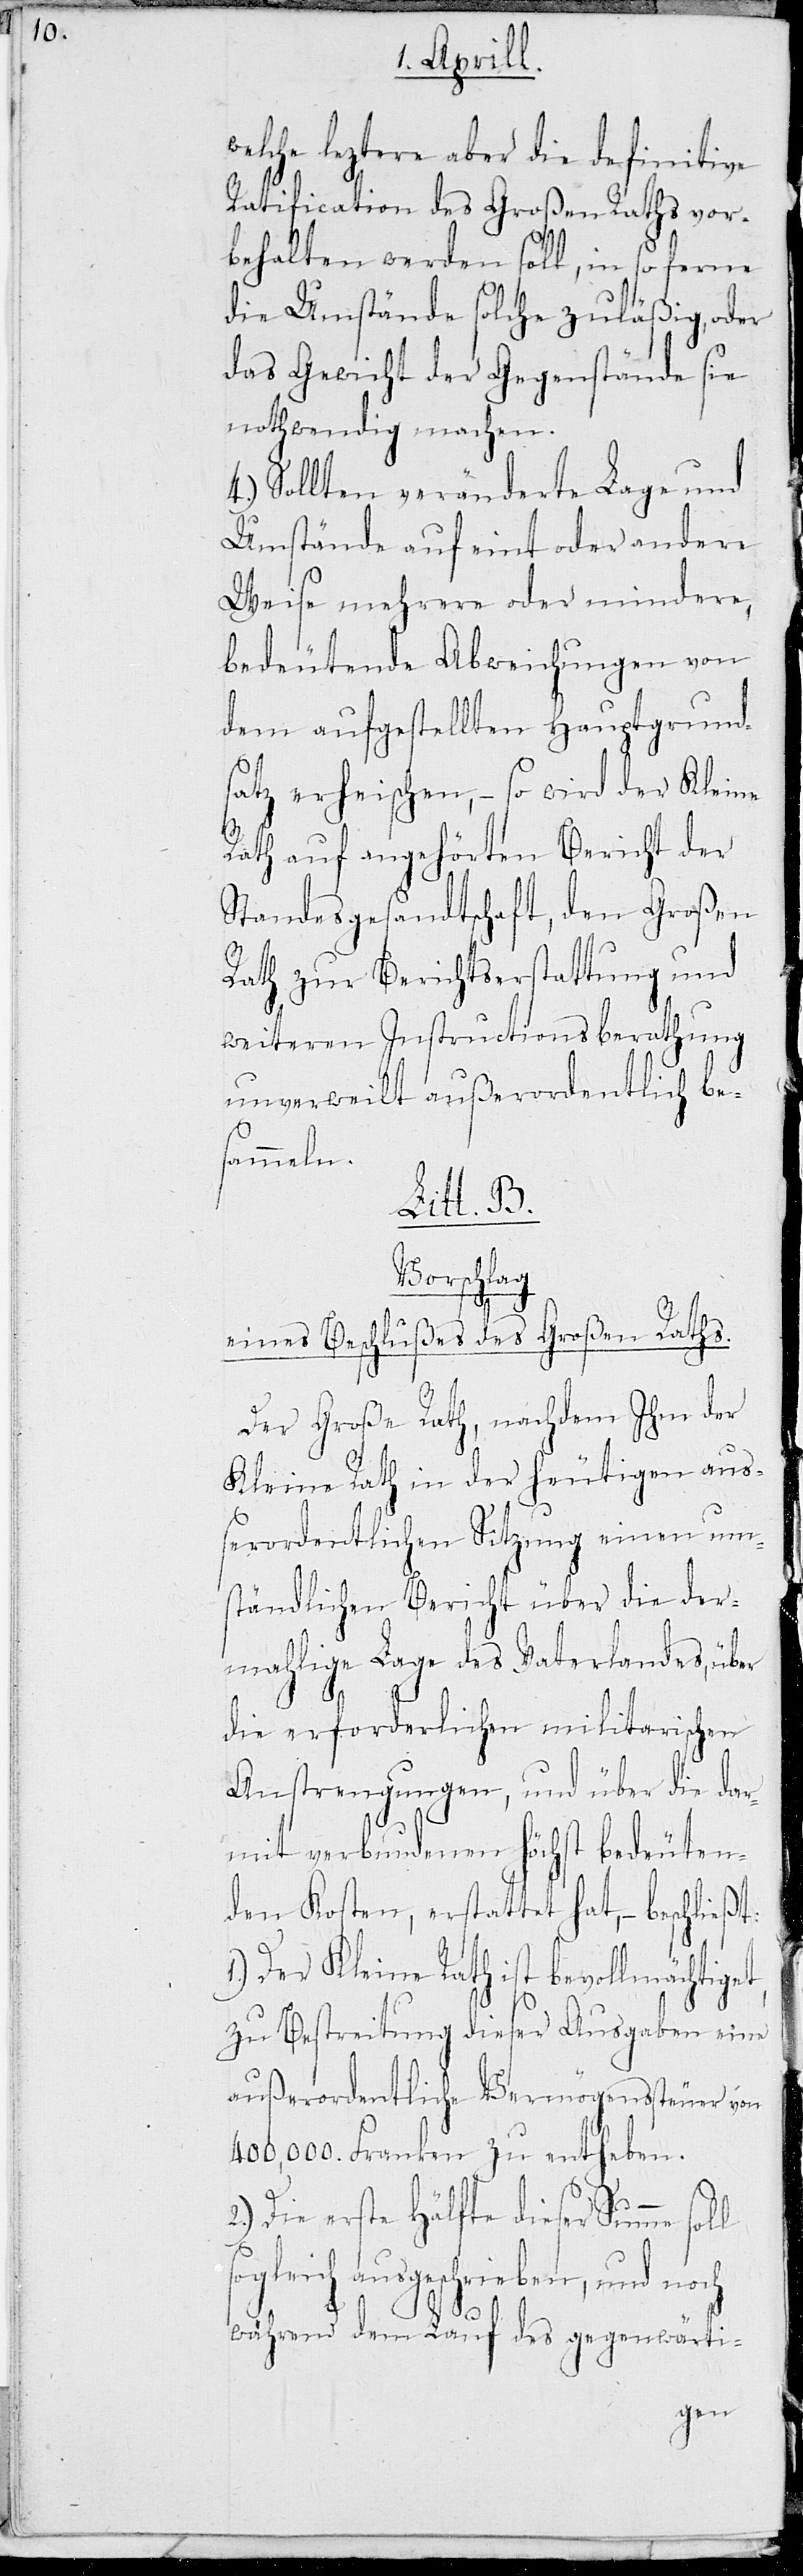
welche leztere aber die definitive
Ratification des Großen Raths vor¬
behalten werden soll, in so ferne
die Umstände solche zuläßig, oder
das Gewicht der Gegenstände sie
nothwendig machen.
Sollten veränderte Lage und
Umstände auf eint oder andere
Weise mehrere oder mindere,
bedeutende Abweichungen von
dem aufgestellten Hauptgrund¬
satz erheischen, – so wird der Kleine
Rath auf angehörten Bericht der
Standesgesandtschaft, den Großen
Rath zur Berichterstattung und
weiteren Instructionsberathung
unverweilt außerordentlich be¬
sammeln.
Litt B.
Vorschlag
Raths.
eines Beschlußes des Gro¬
Der Große Rath, nachdem Ihm der
Kleine Rath in der heutigen aus¬
serordentlichen Sitzung einen um¬
ständlichen Bericht über die der¬
mahlige Lage des Vaterlandes, über
die erforderlichen militarischen
Anstrengungen, und über die dar¬
mit verbundenen höchst bedeuten¬
den Kosten, erstattet hat, – beschließt:
Der Kleine Rath ist bevollmächtige¬
zu Bestreitung dieser Ausgaben eine
außerordentliche Vermögenssteuer von
400,000. Franken zu entheben.
t,
2.) Die erste Hälfte dieser Summe
sogleich ausgeschrieben, und noch
während dem Lauf des gegenwärti-